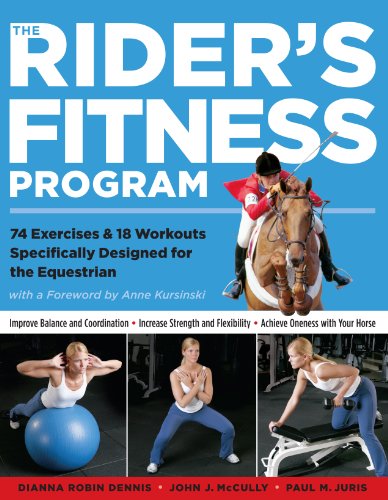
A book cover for The Rider's Fitness Program: 74 Exercises & 18 Workouts Specifically Designed for the Equestrian; Dianna Robin Dennis; Crafts, Hobbies & Home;